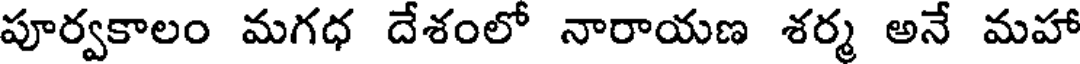
పూర్వకాలం మగధ దేశంలో నారాయణ శర్మ అనే మహా